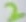
Text: 2